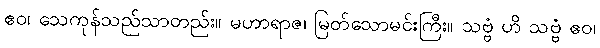
ဧဝ၊ သေကုန်သည်သာတည်း။ မဟာရာဇ၊ မြတ်သောမင်းကြီး။ သဗ္ဗံ ဟိ သဗ္ဗံ ဧဝ၊